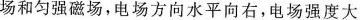
场和匀强磁场，电场方向水平向右，电场强度大